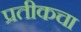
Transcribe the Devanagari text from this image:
प्रतीकचा